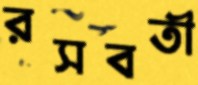
রসবতী